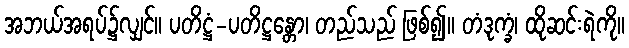
အဘယ်အရပ်၌လျှင်။ ပတိဋ္ဌံ-ပတိဋ္ဌန္တော၊ တည်သည် ဖြစ်၍။ တံဒုက္ခံ၊ ထိုဆင်းရဲကို။